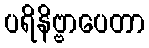
ပရိနိဗ္ဗာပေတာ